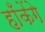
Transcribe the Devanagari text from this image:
हाँकेंगे